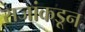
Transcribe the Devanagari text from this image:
राजांकडून